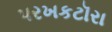
પરખકટૉરા